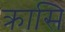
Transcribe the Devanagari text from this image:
क्रासि